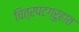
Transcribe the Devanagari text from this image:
चित्रपटग्रुहात